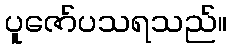
ပူဇော်ပသရသည်။